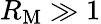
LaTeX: R_{\mathrm{M}}\gg 1